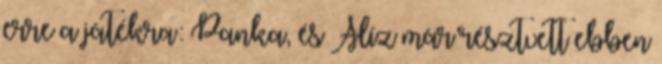
erre a játékra: Panka, és Alíz már résztvett ebben